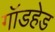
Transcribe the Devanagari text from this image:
गॉडहेड